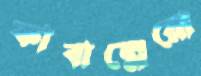
কাবাল্লেরো